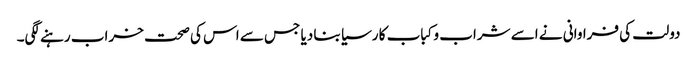
دولت کی فراوانی نے اسے شراب و کباب کا رسیا بنا دیا جس سے اس کی صحت خراب رہنے لگی۔